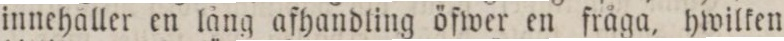
innehaller en lång afhandling öfwer en fråga, hwilken